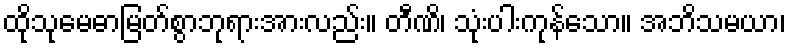
ထိုသုမေဓာမြတ်စွာဘုရားအားလည်း။ တီဏိ၊ သုံးပါးကုန်သော။ အဘိသမယာ၊